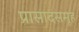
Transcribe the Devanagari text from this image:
प्रासादसमूह